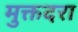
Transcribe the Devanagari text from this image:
मुक्तदरा